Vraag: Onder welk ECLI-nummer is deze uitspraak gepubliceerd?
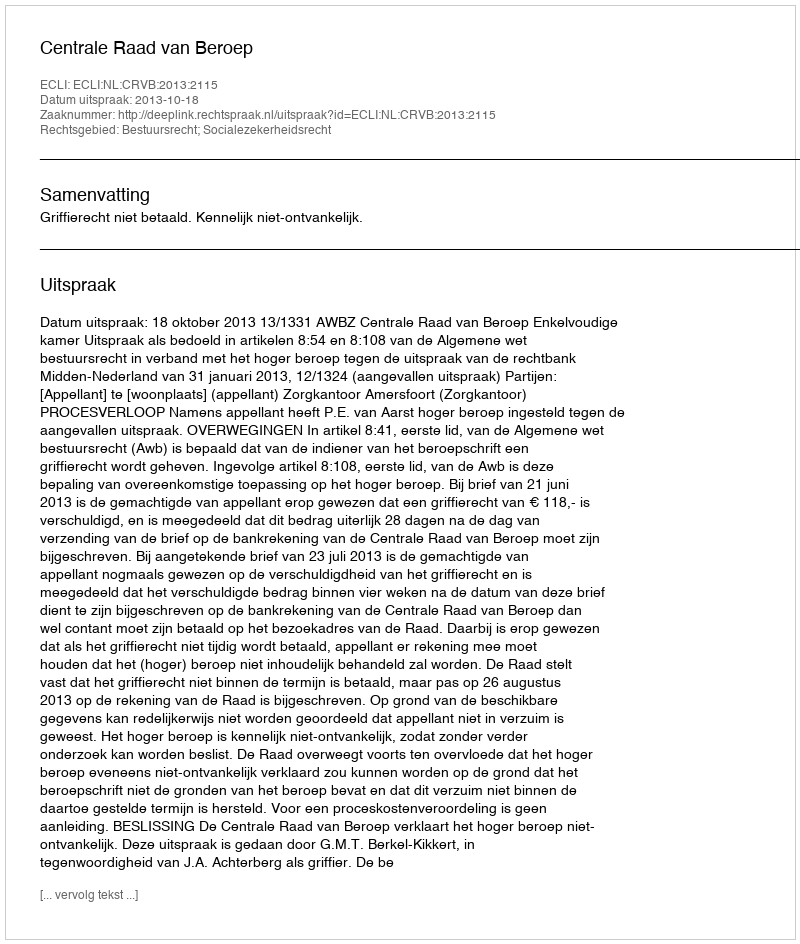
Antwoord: ECLI:NL:CRVB:2013:2115